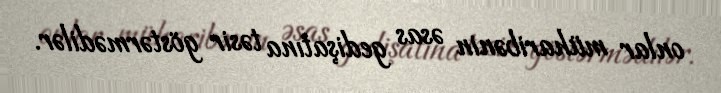
onlar müharibənin əsas gedişatına təsir göstərmədilər.